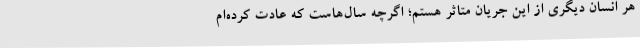
هر انسان دیگری از این جریان متاثر هستم؛ اگرچه سال‌هاست که عادت کرده‌ام